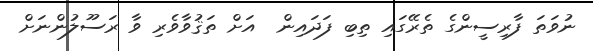
ނުވަތަ ފާރިސީންގެ ތެރޭގައި ތިބި ފަދައިން  އަށް ތަޤުވާވެރި ވާ ރަސޫލުންނަށް